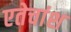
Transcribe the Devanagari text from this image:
एतेचांश